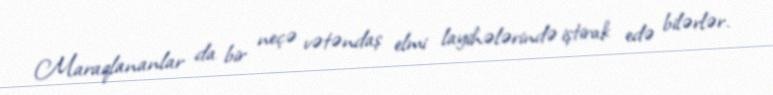
Maraqlananlar da bir neçə vətəndaş elmi layihələrində iştirak edə bilərlər.